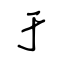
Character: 于